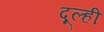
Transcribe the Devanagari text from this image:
दूल्ही